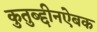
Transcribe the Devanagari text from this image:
कुतुब्द्दीनऐबक